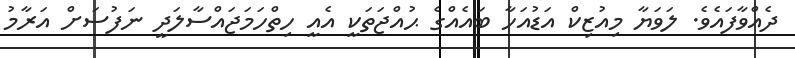
ދެއްވާފައެވެ. ލަވަޔާ މިއުޒިކް އަޑުއަހާ ބައެއްގެ ޙުއްޖަތަކީ އެއީ ހިތްހަމަޖައްސާލަދީ ނަފުސަށް އަރާމު